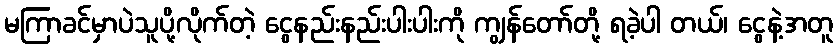
မကြာခင်မှာပဲသူပို့လိုက်တဲ့ ငွေနည်းနည်းပါးပါးကို ကျွန်တော်တို့ ရခဲ့ပါ တယ်၊ ငွေနဲ့အတူ